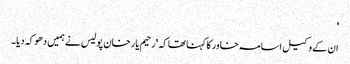
'
ان کے وکیل اسامہ خاور کا کہنا تھا کہ 'رحیم یار خان پولیس نے ہمیں دھوکہ دیا۔